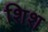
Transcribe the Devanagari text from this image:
शिश